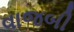
વાજબી